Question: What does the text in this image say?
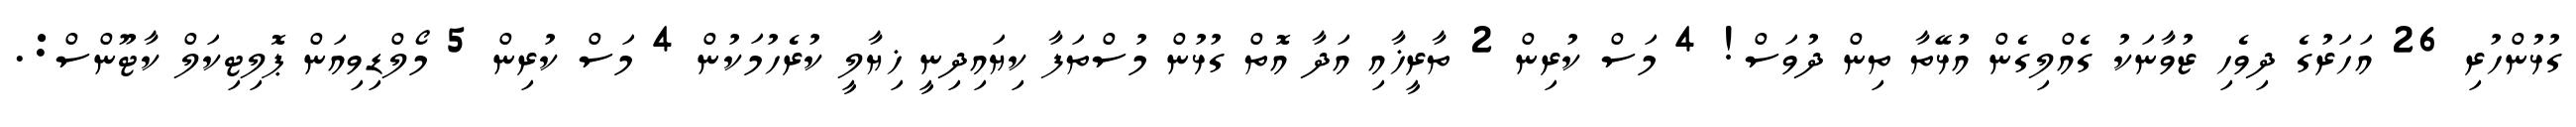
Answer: ގުޅުންހުރި 26 އަހަރުގެ ދިވެހި ޒުވާނަކު ގެއްލިގެން އުޅޭތާ ތިން ދުވަސް! 4 މަސް ކުރިން 2 ތާރީޚާއި އަދާ އޮތް ގުޅުން މުސްތަފާ ކިޔައިދިނީ ޚިޔާލީ ކުރެހުމަކުން 4 މަސް ކުރިން 5 މޯލްޑިވިއަން ޕޮލިޓިކަލް ކާޓޫންސް:.